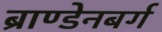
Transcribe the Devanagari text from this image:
ब्राण्डेनबर्ग